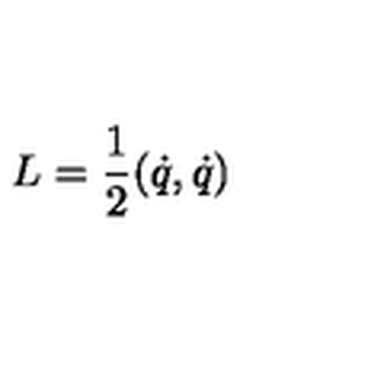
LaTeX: L = \frac { 1 } { 2 } ( \dot { q } , \dot { q } )